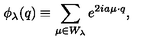
\phi _ { \lambda } ( q ) \equiv \sum _ { \mu \in W _ { \lambda } } e ^ { 2 i a \mu \cdot q } ,